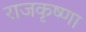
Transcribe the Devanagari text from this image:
राजकृष्णा